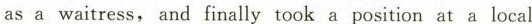
as a waitress, and finally took a position at a local